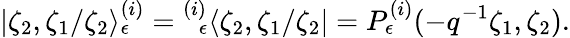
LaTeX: |\zeta_{2},\zeta_{1}/\zeta_{2}\rangle_{\epsilon}^{(i)}={}_{\; \; \epsilon}^{(i)}\langle\zeta_{2},\zeta_{1}/\zeta_{2}|=P_{\epsilon}^{(i)}(-q^{-1}\zeta_{1},\zeta_{2}).